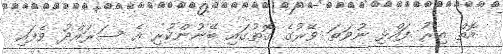
އޮތް އިރު ފައްޅި ނުވަތަ ވޭރުގެ ގޮތުގައި ބޭނުންކުރި އެ ސަރައްދު ވެފައި